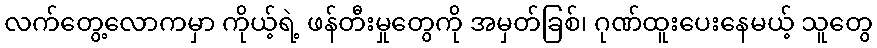
လက်တွေ့လောကမှာ ကိုယ့်ရဲ့ ဖန်တီးမှုတွေကို အမှတ်ခြစ်၊ ဂုဏ်ထူးပေးနေမယ့် သူတွေ